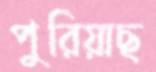
পুরিয়াছ